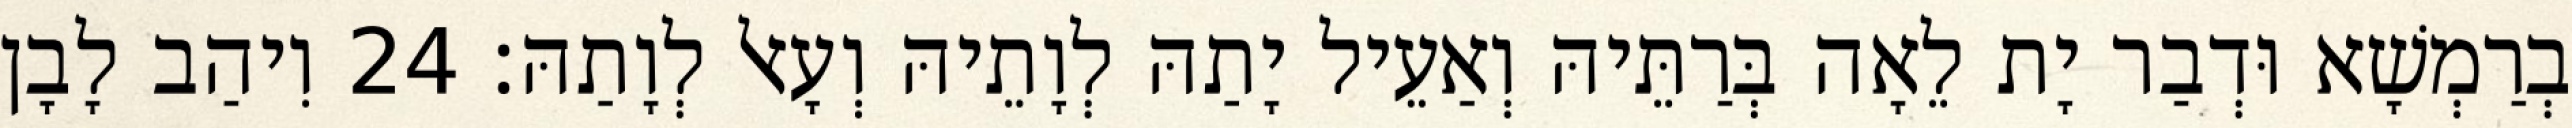
בְרַמְשָׁא וּדְבַר יָת לֵאָה בְּרַתֵּיהּ וְאַעֵיל יָתַהּ לְוָתֵיהּ וְעָאל לְוָתַהּ׃ 24 וִיהַב לָבָן